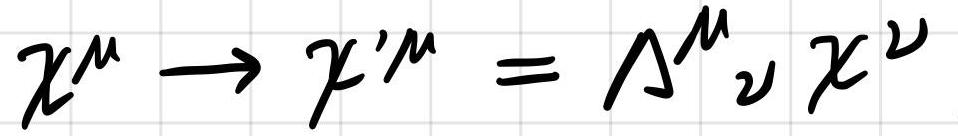
$x^{\mu} \to x^{\prime\mu} = \Lambda^{\mu}{}_{\nu} x^{\nu}$